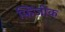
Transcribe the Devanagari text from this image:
फ़िजीक